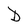
Character: D